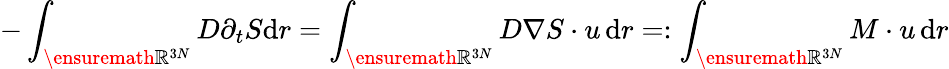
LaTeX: -\int_{\ensuremath{\mathbb{R}}^{3N}}D\partial_{t}S{\mathrm{d}}r=\int_{\ensuremath{\mathbb{R}}^{3N}}D\nabla S\cdot u\, {\mathrm{d}}r=:\int_{\ensuremath{\mathbb{R}}^{3N}}{M}\cdot u\, {\mathrm{d}}r